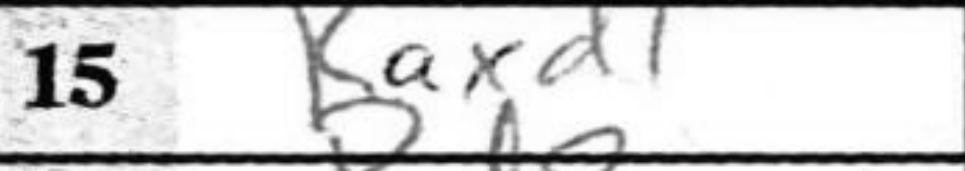
Transcription: Raxd1